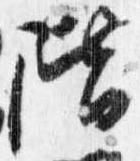
階